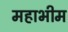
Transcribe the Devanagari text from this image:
महाभीम